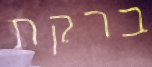
ברקת